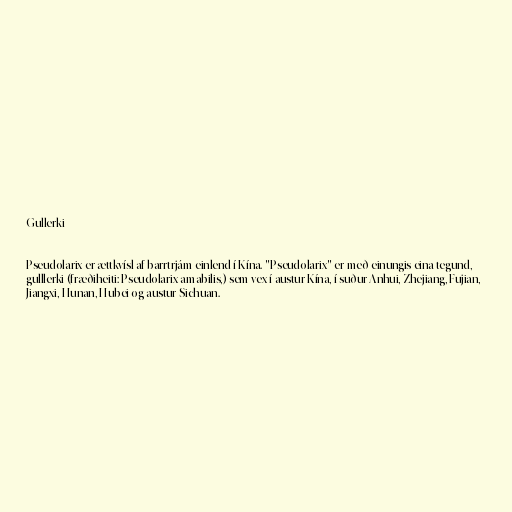
Gullerki

Pseudolarix er ættkvísl af barrtrjám einlend í Kína. "Pseudolarix" er með einungis eina tegund,
gulllerki (fræðiheiti: Pseudolarix amabilis,) sem vex í austur Kína, í suður Anhui, Zhejiang, Fujian,
Jiangxi, Hunan, Hubei og austur Sichuan.